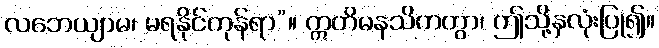
လဘေယျာမ၊ မရနိုင်ကုန်ရာ”။ ဣတိမနသိကတွာ၊ ဤသို့နှလုံးပြု၍။